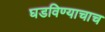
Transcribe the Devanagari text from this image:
घडविण्याचाच